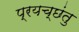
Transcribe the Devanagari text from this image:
प्रयच्छंतु